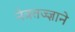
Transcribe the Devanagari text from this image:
नेत्रतज्ज्ञाने